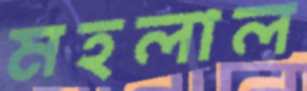
মহলাল